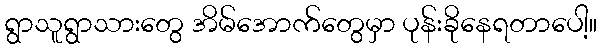
ရွာသူရွာသားတွေ အိမ်အောက်တွေမှာ ပုန်းခိုနေရတာပေါ့။